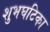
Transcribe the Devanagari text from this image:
शुभघटिका